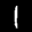
Label: 1